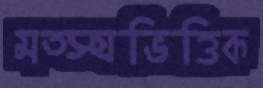
মত্স্যভিত্তিক